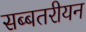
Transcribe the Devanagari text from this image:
सब्बतरीयन